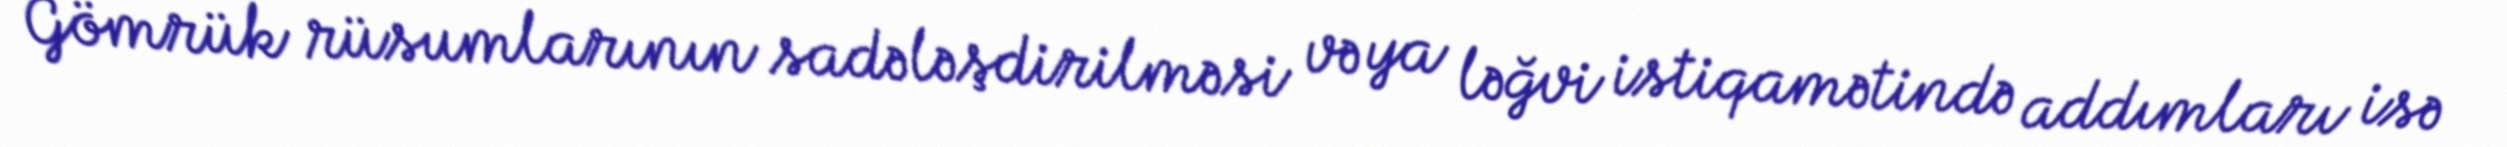
Gömrük rüsumlarının sadələşdirilməsi və ya ləğvi istiqamətində addımları isə